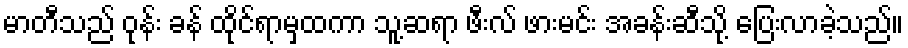
မာတီသည် ဝုန်း ခန် ထိုင်ရာမှထကာ သူ့ဆရာ ဖီးလ် ဖားမင်း အခန်းဆီသို့ ပြေးလာခဲ့သည်။